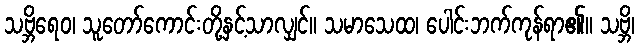
သဗ္ဘိရေဝ၊ သူတော်ကောင်းတို့နှင့်သာလျှင်။ သမာသေထ၊ ပေါင်းဘက်ကုန်ရာ၏။ သဗ္ဘိ၊